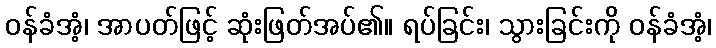
ဝန်ခံအံ့၊ အာပတ်ဖြင့် ဆုံးဖြတ်အပ်၏။ ရပ်ခြင်း၊ သွားခြင်းကို ဝန်ခံအံ့၊